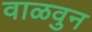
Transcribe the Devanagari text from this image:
वाळवुन